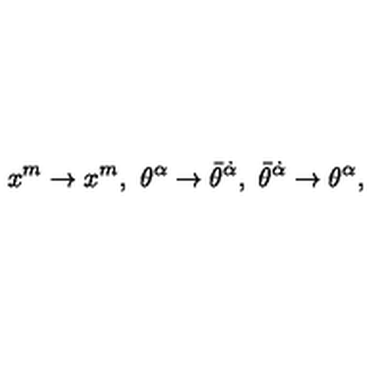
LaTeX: x ^ { m } \rightarrow x ^ { m } , \ \theta ^ { \alpha } \rightarrow \bar { \theta } ^ { \dot { \alpha } } , \ \bar { \theta } ^ { \dot { \alpha } } \rightarrow \theta ^ { \alpha } ,